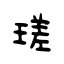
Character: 瑳